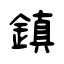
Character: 鎮